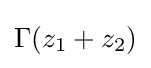
\Gamma (z_{1}+z_{2})